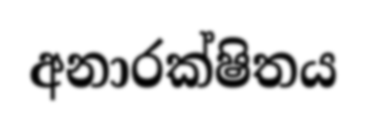
අනාරක්ෂිතය